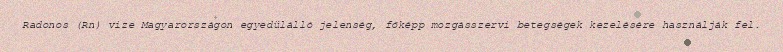
Radonos (Rn) vize Magyarországon egyedülálló jelenség, főképp mozgásszervi betegségek kezelésére használják fel.